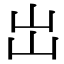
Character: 岀